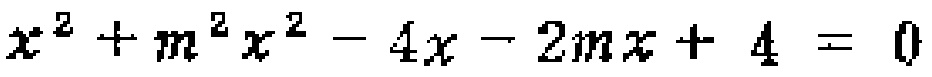
\(x^{2}+m^{2}x^{2}-4x - 2mx + 4 = 0\)